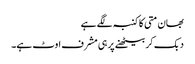
بھان متی کا کنبہ لگے ہے
دبک کر بیٹھنے پر ہی مشرف اوٹ ہے۔